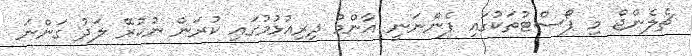
ޗެލެންޖް މި ޕޯސްޓުތަކުގައި ފެންނަނީ އާންމު ދިރިއުޅުމުގައި ކުރަން ނުކުރޭ ލަދު ގަންނަ